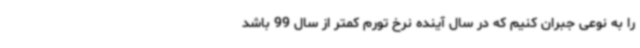
را به نوعی جبران کنیم که در سال آینده نرخ تورم کمتر از سال 99 باشد